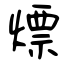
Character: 熛